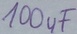
Text: 100µF